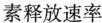
素释放速率